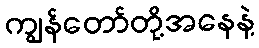
ကျွန်တော်တို့အနေနဲ့